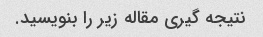
نتیجه گیری مقاله زیر را بنویسید.